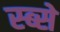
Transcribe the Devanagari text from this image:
स्ब्से